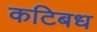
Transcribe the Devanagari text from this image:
कटिबध